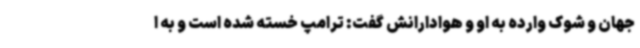
جهان و شوک وارده به او و هوادارانش گفت: ترامپ خسته شده است و به ا